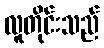
လူတိုင်းသည်